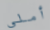
أملي